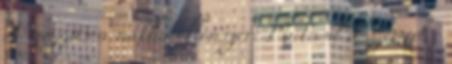
A mozgás a nátha ellenszere Mutasd a szemed -